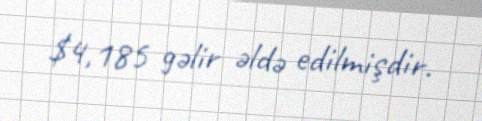
$4,185 gəlir əldə edilmişdir.